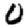
Digit: 0